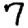
Digit: 7